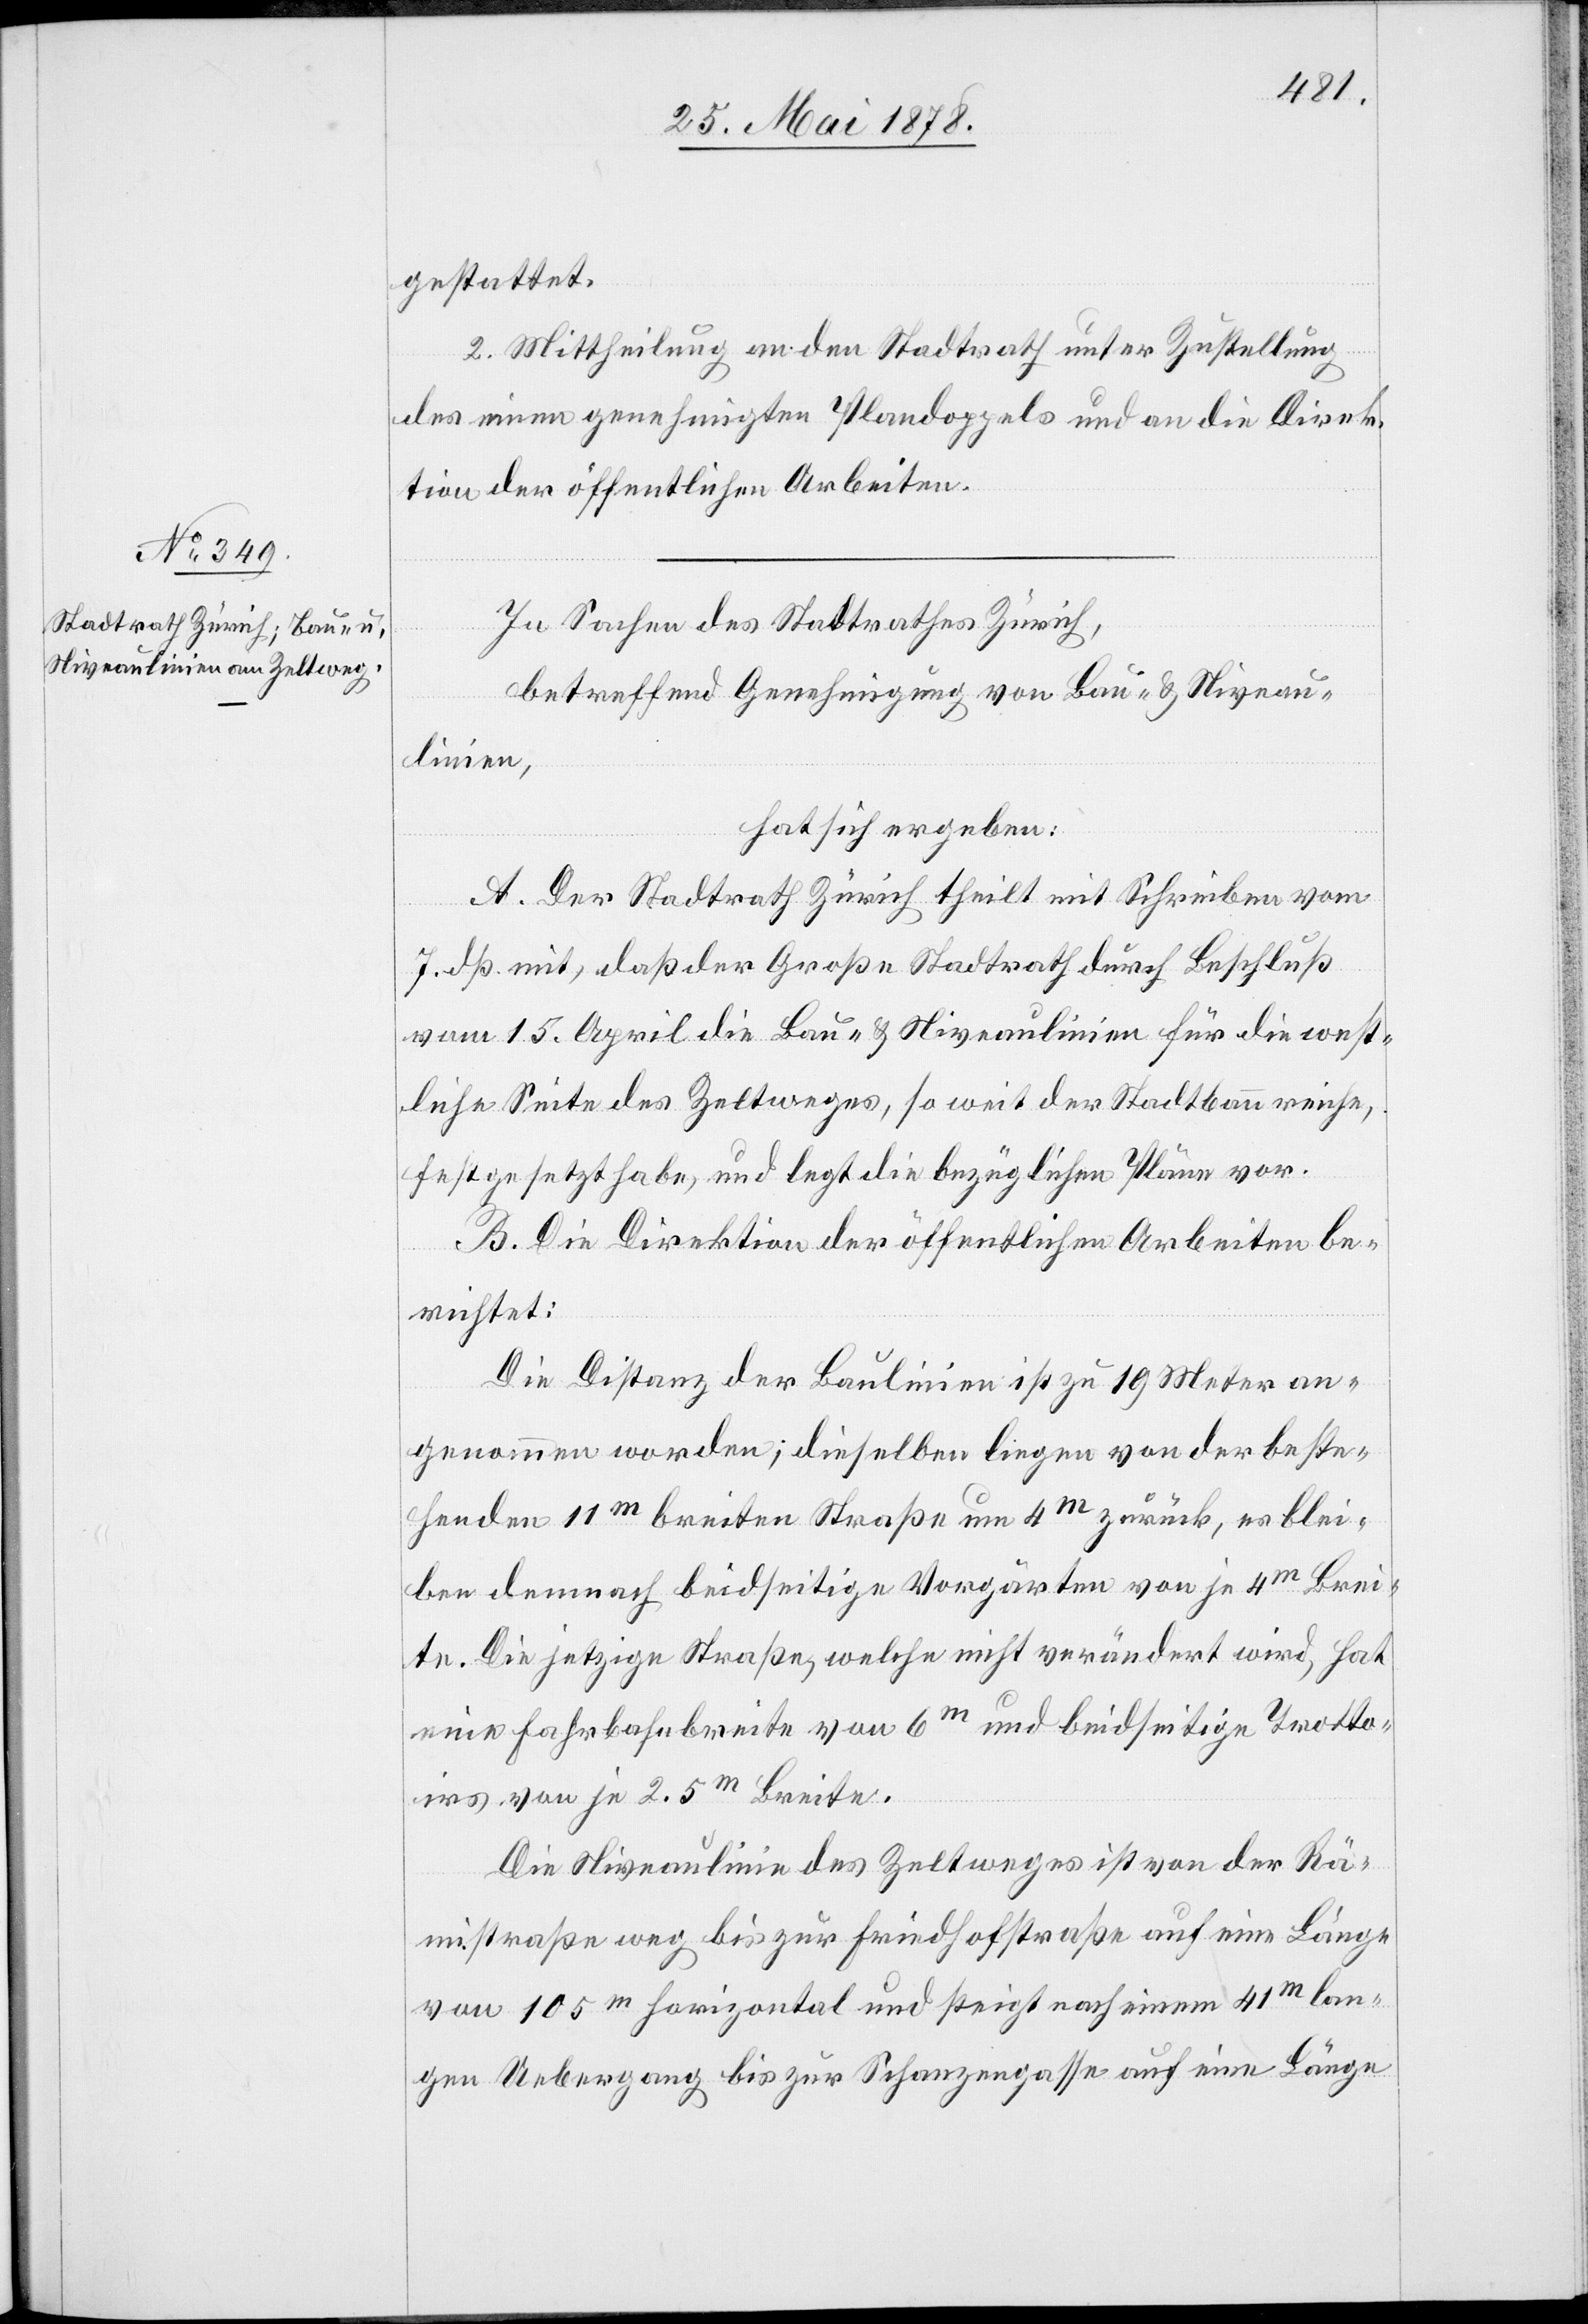
gestattet.
2. Mittheilung an den Stadtrath unter Zustellung
des einen genehmigten Plandoppels und an die Direk¬
tion der öffentlichen Arbeiten.
In Sachen des Stadtrathes Zürich,
betreffend Genehmigung von Bau- & Niveau¬
linien,
hat sich ergeben:
A. Der Stadtrath Zürich theilt mit Schreiben vom
7. dß. mit, dass der Große Stadtrath durch Beschluß
vom 15. April die Bau- & Niveaulinien für die west¬
liche Seite des Zeltweges, so weit der Stadtbann reiche,
festgesetzt habe, und legt die bezüglichen Pläne vor.
B. Die Direktion der öffentlichen Arbeiten be¬
richtet:
Die Distanz der Baulinien ist zu 19 Meter an¬
genommen worden; dieselben liegen von der beste¬
henden 11m breiten Straße um 4m zurück, es blei¬
ben demnach beidseitige Vorgärten von je 4m Brei¬
te. Die jetzige Straße, welche nicht verändert wird, hat
eine Fahrbahnbreite von 6m und beidseitige Trotto¬
irs von je 2.5m Breite.
Die Niveaulinie des Zeltweges ist von der Rä¬
mistraße weg bis zur Friedhofstraße auf eine Länge
von 105m horizontal und steigt nach einem 41m lan¬
gen Uebergang bis zur Schanzengasse auf eine Länge